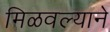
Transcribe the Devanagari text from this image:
मिळवल्याने